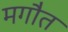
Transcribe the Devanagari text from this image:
मगौत